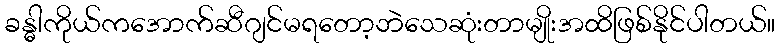
ခန္ဓါကိုယ်ကအောက်ဆီဂျင်မရတော့ဘဲသေဆုံးတာမျိုးအထိဖြစ်နိုင်ပါတယ်။